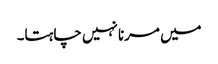
میں مرنا نہیں چاہتا۔